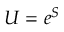
U = e ^ { S }